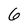
Character: 6